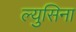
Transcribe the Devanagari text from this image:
ल्युसिना